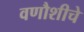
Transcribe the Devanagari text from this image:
वणौशीचे